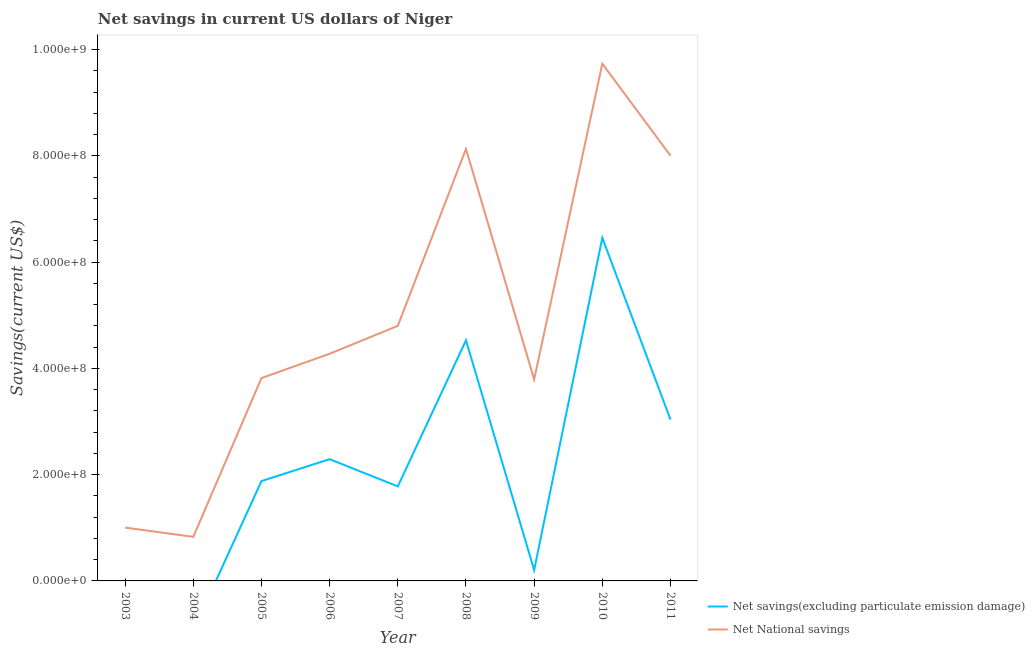
| Year | Net savings(excluding particulate emission damage) | Net National savings |
 | --- | --- | --- |
 | 2003 | -1.12e+08 | 1e+08 |
 | 2004 | -9.29e+07 | 8.3e+07 |
 | 2005 | 1.88e+08 | 3.82e+08 |
 | 2006 | 2.29e+08 | 4.28e+08 |
 | 2007 | 1.78e+08 | 4.8e+08 |
 | 2008 | 4.53e+08 | 8.13e+08 |
 | 2009 | 2.04e+07 | 3.79e+08 |
 | 2010 | 6.46e+08 | 9.73e+08 |
 | 2011 | 3.04e+08 | 8e+08 |